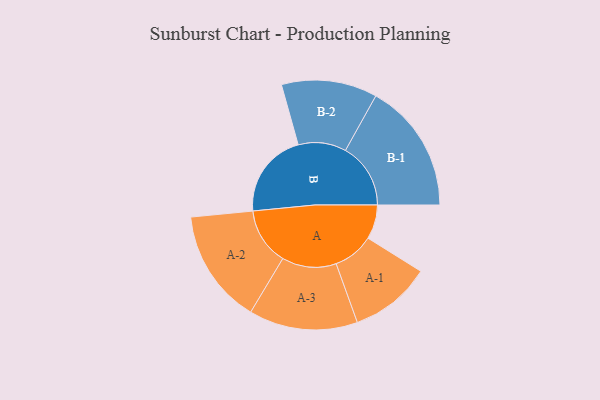
{"axis": {"x": "Segment", "y": "Value"}, "legend": ["", "A", "B"], "data": [{"x": "A", "y": 121, "type": ""}, {"x": "B", "y": 302, "type": ""}, {"x": "A-1", "y": 144, "type": "A"}, {"x": "A-2", "y": 202, "type": "A"}, {"x": "A-3", "y": 192, "type": "A"}, {"x": "B-1", "y": 230, "type": "B"}, {"x": "B-2", "y": 169, "type": "B"}]}